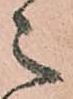
之